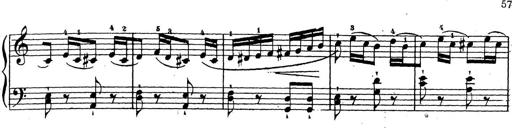
Title: 10 Sonatinas
Composer: Fritz Spindler